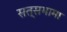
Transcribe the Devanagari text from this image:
सत्सभामा